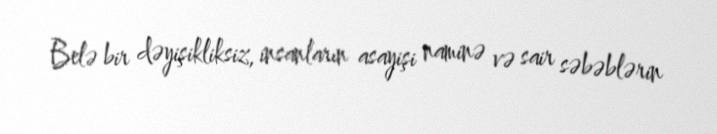
Belə bir dəyişikliksiz, insanların asayişi naminə və sair səbəblərin